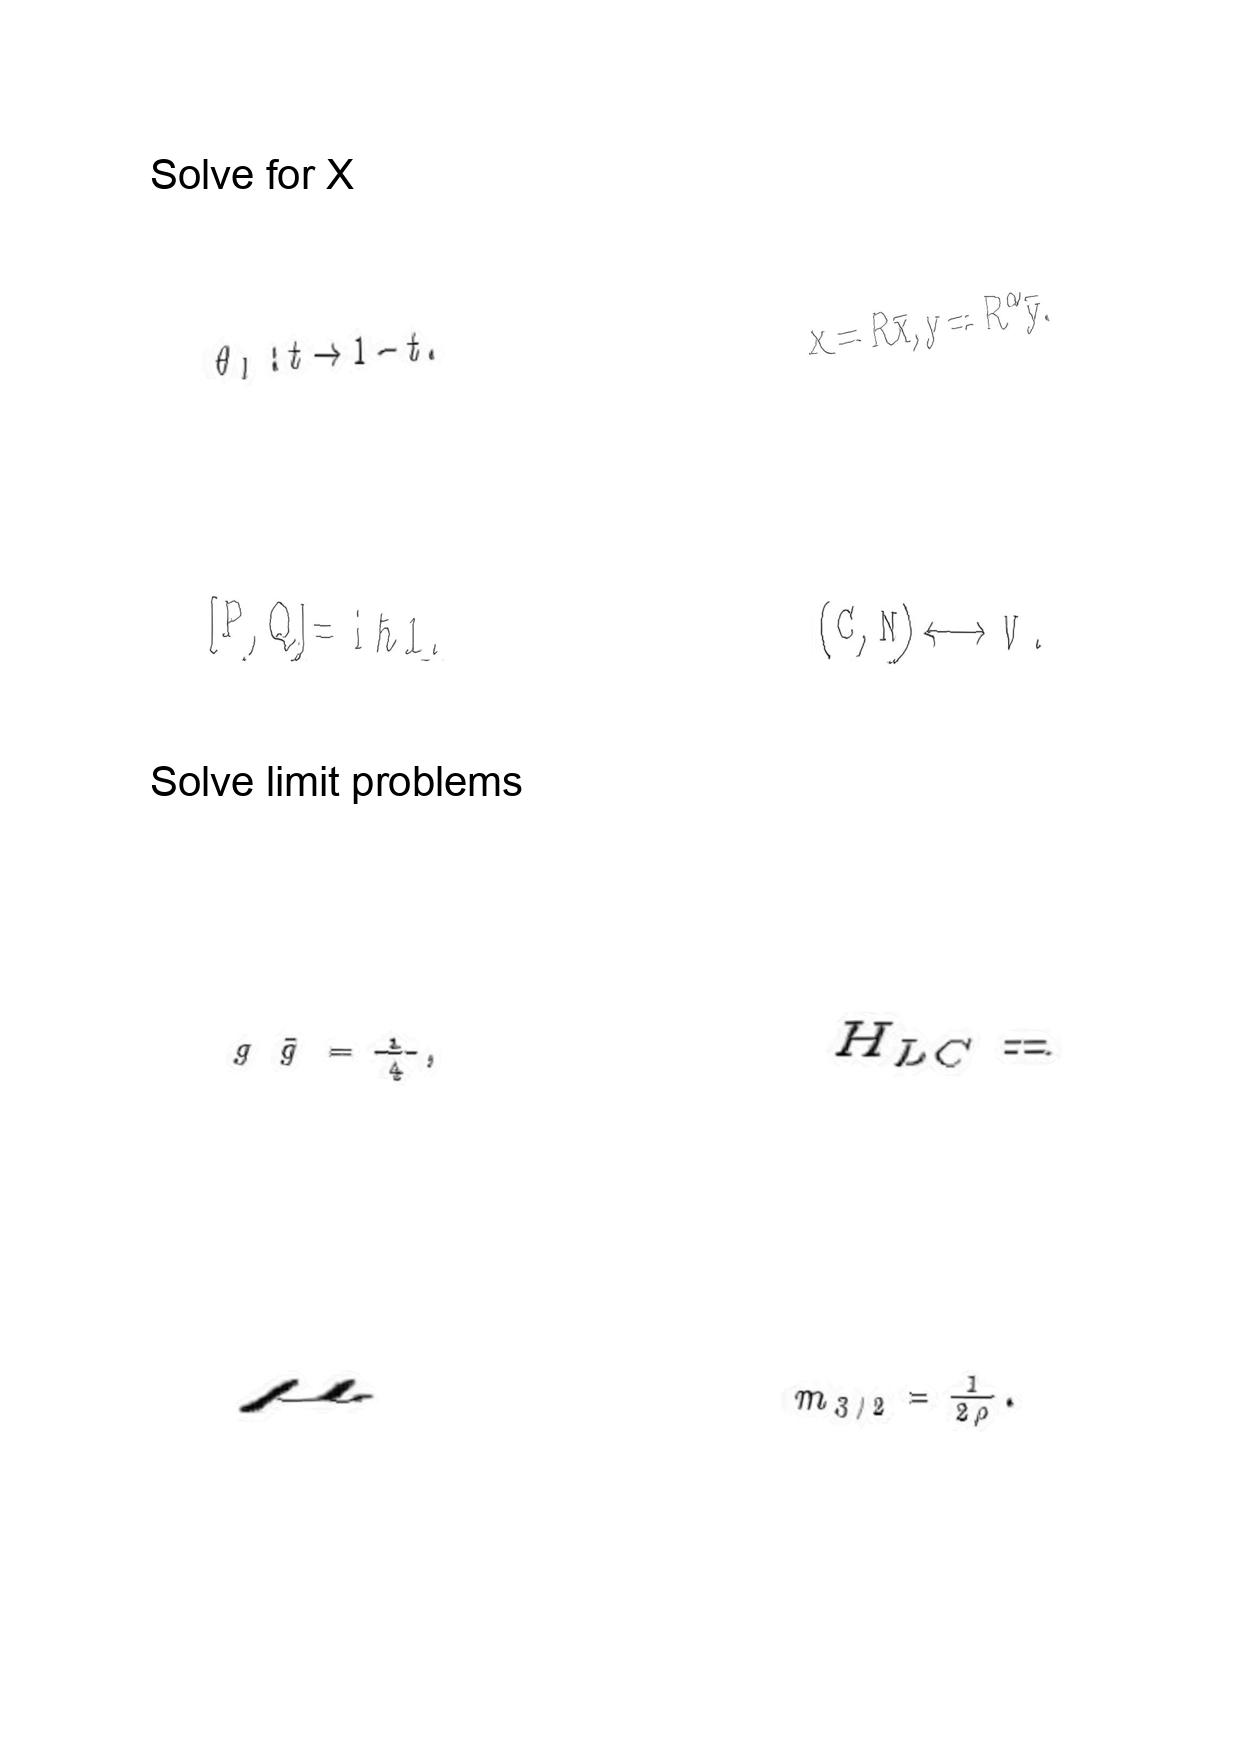
LaTeX transcription:
\theta _ { l } : t \rightarrow 1 - t .
\lbrack P , Q \rbrack = \mathrm { i } \hbar 1 .
g \tilde { g } = \frac { 1 } { 4 } ,
\mu
x = R \bar { x } , y = R ^ { \alpha } \bar { y } .
\lparen C , N \rparen \longleftrightarrow V .
H _ { L C } =
m _ { 3 / 2 } = \frac { 1 } { 2 \rho } .